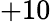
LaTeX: +10